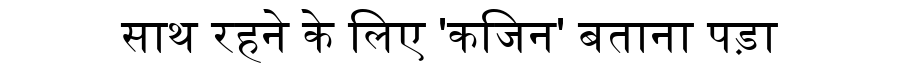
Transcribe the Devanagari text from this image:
साथ रहने के लिए 'कजिन' बताना पड़ा